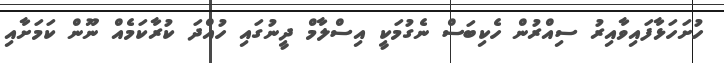
ހުށަހަޅާފައިވާއިރު ސިއްރުން ހެކިބަސް ނެގުމަކީ އިސްލާމް ދީނުގައި ހުއްދަ ކުރާކަމެއް ނޫން ކަމަށާއި